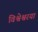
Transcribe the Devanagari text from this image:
विश्वेश्वरया